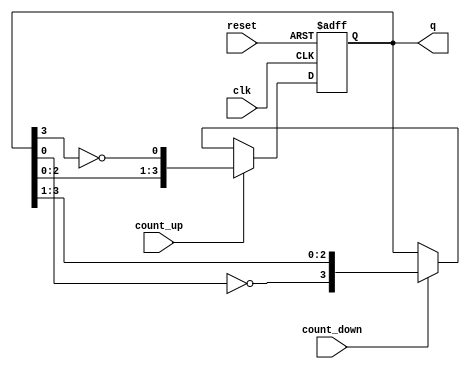
module Bidirectional_Johnson_Counter (
    input wire clk,           // Clock signal
    input wire reset,         // Active high reset
    input wire count_up,      // Control signal to count up
    input wire count_down,    // Control signal to count down
    output reg [N-1:0] q      // Output state of the counter
);
    parameter N = 4;          // Number of flip-flops (adjust as needed)
    
    // Internal state variable
    reg [N-1:0] next_state;

    always @(posedge clk or posedge reset) begin
        if (reset) begin
            // Reset condition
            q <= 0;
        end else begin
            // Update state on clock edge
            q <= next_state;
        end
    end

    always @* begin
        // Default next state
        next_state = q; // Hold the state

        // Johnson counting logic
        if (count_up) begin
            next_state = {q[N-2:0], ~q[N-1]}; // Shift left and invert the last bit
        end else if (count_down) begin
            next_state = {~q[0], q[N-1:1]}; // Shift right and invert the first bit
        end
    end

endmodule